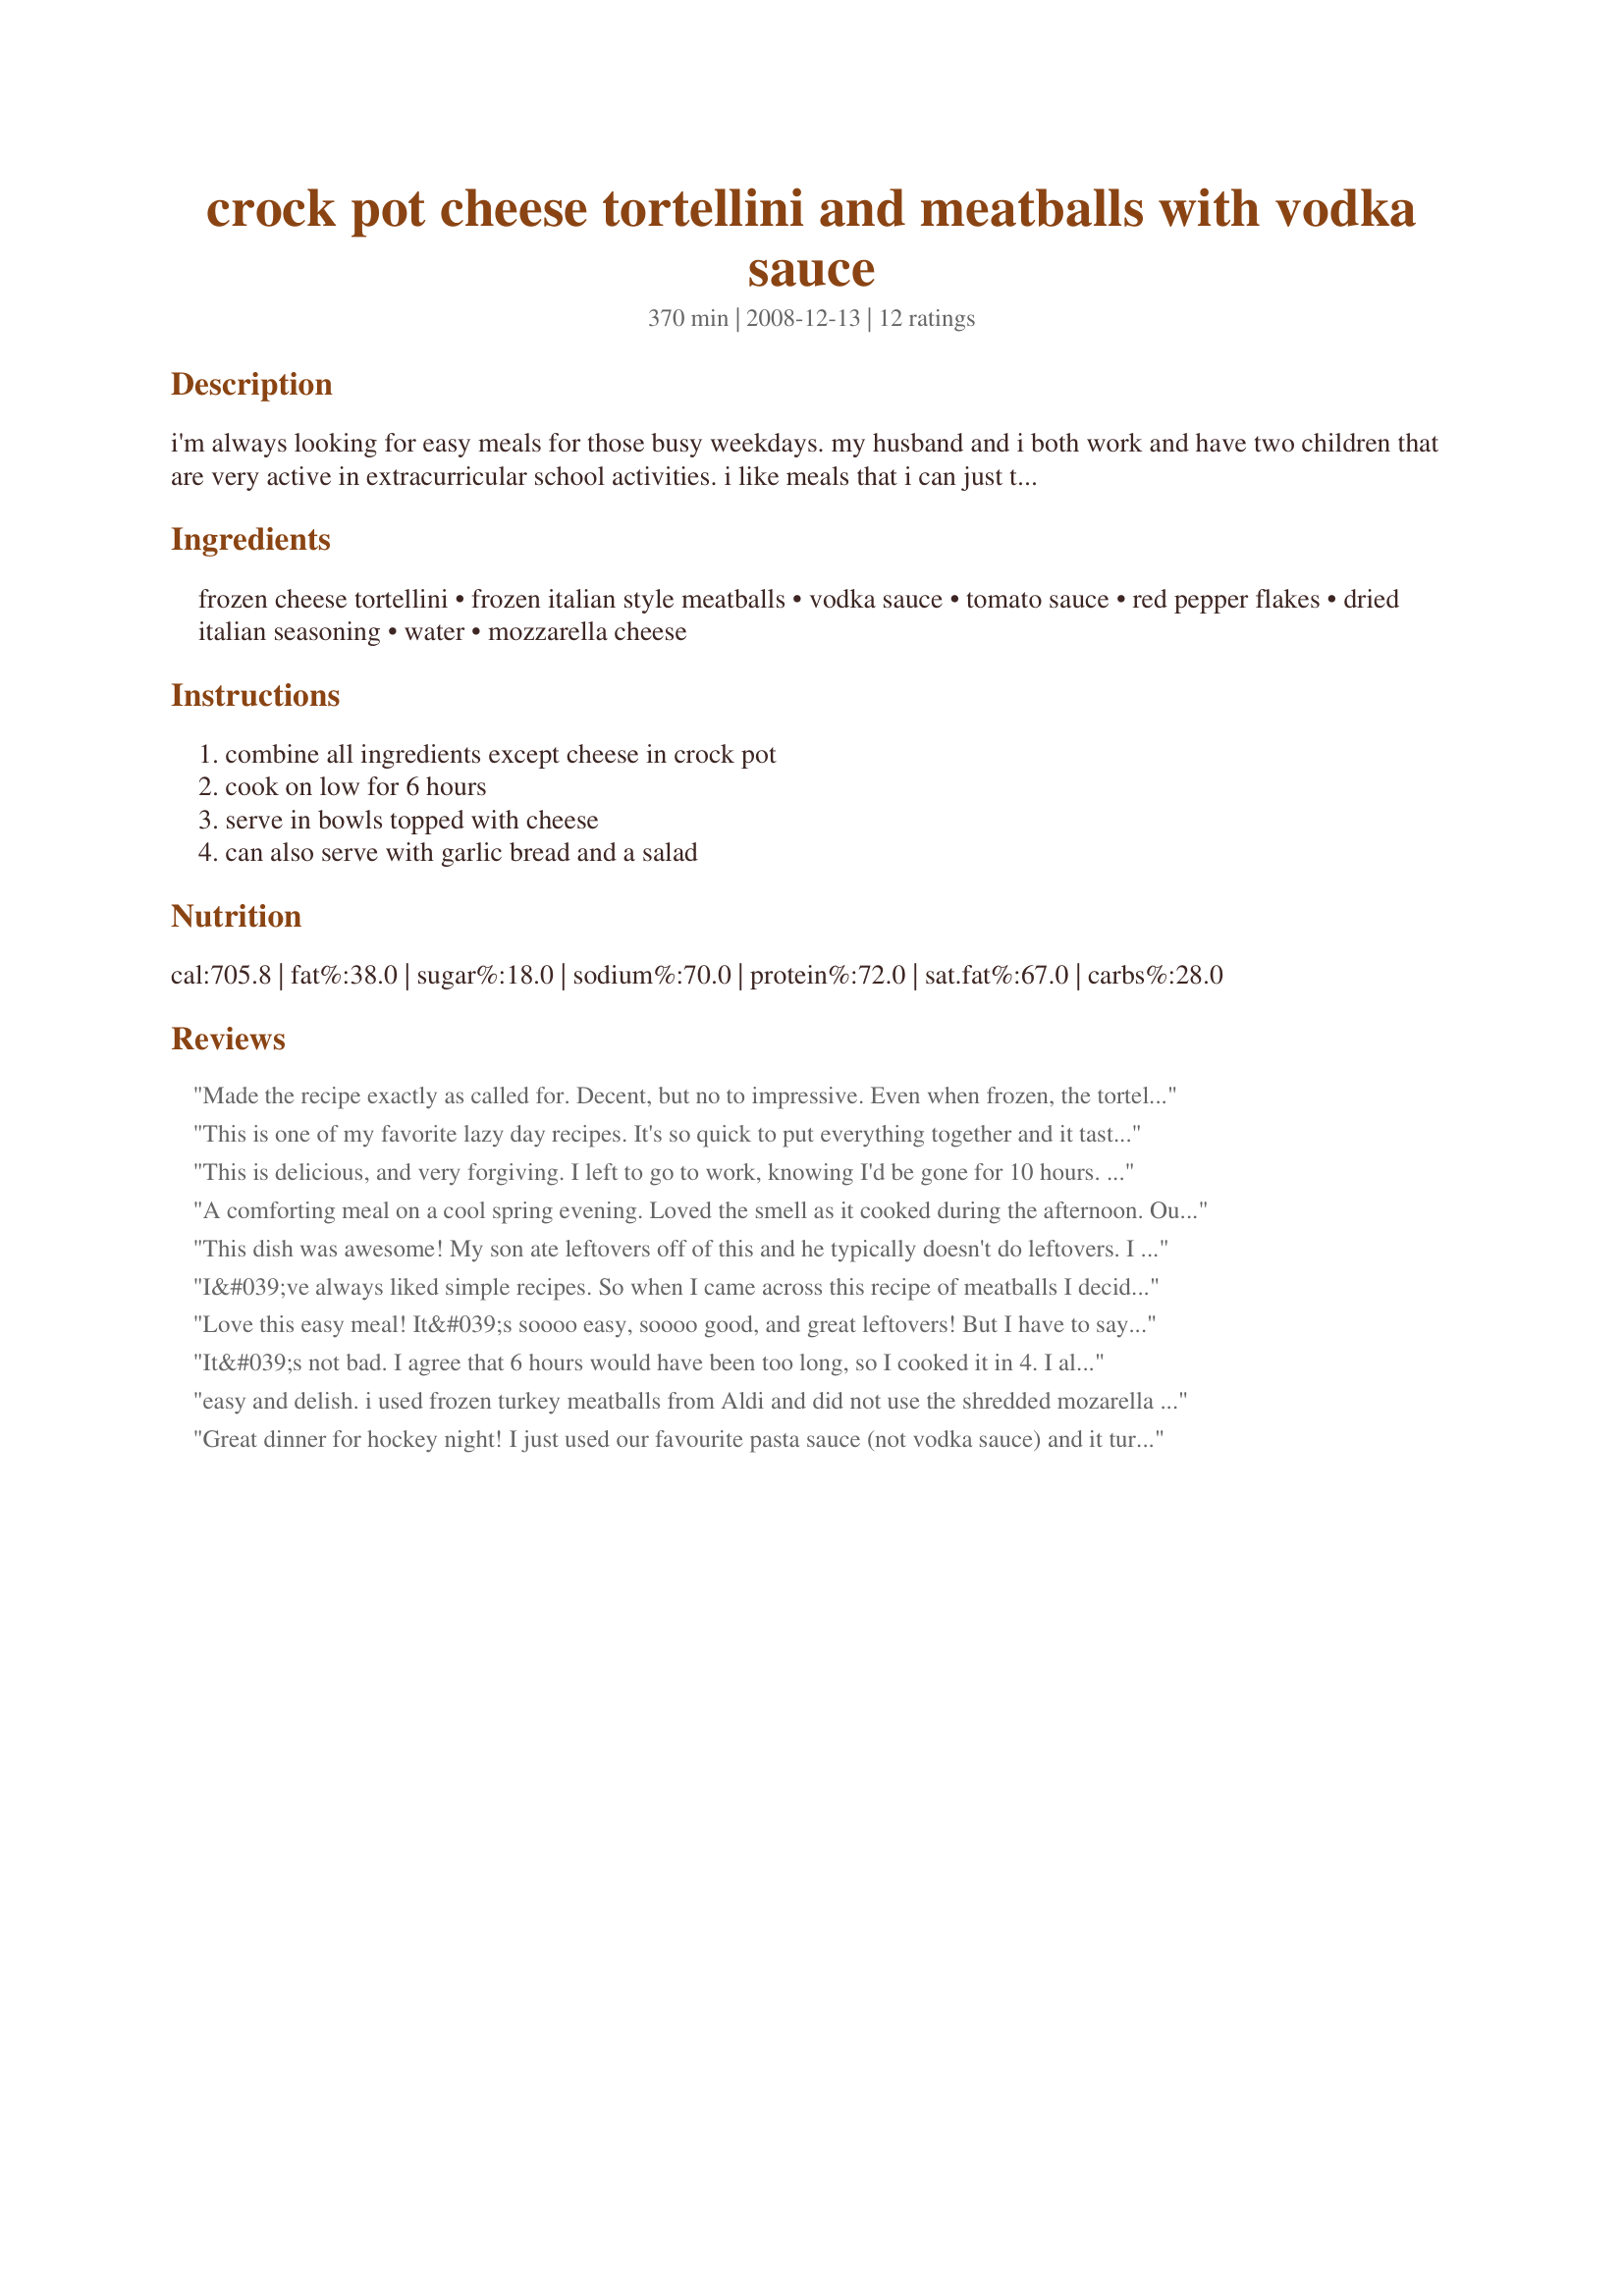
crock pot cheese tortellini and meatballs with vodka sauce
Preparation time: 370 minutes

i'm always looking for easy meals for those busy weekdays. my husband and i both work and have two children that are very active in extracurricular school activities. i like meals that i can just throw in the crock pot before i leave for work and have dinner ready when we get home. this was something i put together and somehow it keeps getting requested.

Ingredients:
frozen cheese tortellini, frozen italian style meatballs, vodka sauce, tomato sauce, red pepper flakes, dried italian seasoning, water, mozzarella cheese

Steps:
combine all ingredients except cheese in crock pot, cook on low for 6 hours, serve in bowls topped with cheese, can also serve with garlic bread and a salad

Reviews:
Made the recipe exactly as called for. Decent, but no to impressive. Even when frozen, the tortellini just comes out too mushy at the end. The red pepper flakes keep it from being too bland, even with the Italian seasoning added too.

Used a good quality vodka sauce too.

Nice basic dish that's easy to throw together and low-maintenance, but not quite sure what the fuss is about with the other reviews giving this 5 stars.
This is one of my favorite lazy day recipes. It's so quick to put everything together and it tastes delicious! Bravo!
This is delicious, and very forgiving. I left to go to work, knowing I'd be gone for 10 hours. My son was out of school, so I called him and asked him to take the crock pot container out of the refrigerator and put it in the crockpot on low....he did, he just didn't plug it in! When I got home, I wondered why I didn't smell anything....the crockpot was ice cold! I turned it on high for 2 hours, then on low for 1 hour. It was still good. I only added a sprinkle of italian seasonings and a sprinkle of red pepper flakes. I could taste the spice of the red pepper flakes...for me, great, for kids...not so great. Anyway, dinner was late, but it was delicious! Made this for New Kids on the Block tag.
A comforting meal on a cool spring evening. Loved the smell as it cooked during the afternoon. Our store didn't have any vodka sauce so used a pasta sauce with sausages, peppers and onion. Also subbed stewed tomatoes for the tomato sauce. I added 1/2 cup each onion and red pepper, chopped, and 2 cups baby spinach leaves. Will love to make this again sometime with the vodka sauce. This is a great weeknight dinner that makes the weeknight feel special!
This dish was awesome! My son ate leftovers off of this and he typically doesn't do leftovers. I even had some sauce left and used it on spaghetti...really really good. Thanks!
I&#039;ve always liked simple recipes. So when I came across this recipe of meatballs I decided to cook them in my Redmond multi cooker. Everything was so delicious! The only difference was the time of cooking: it took me about 3 hours to have the dish made.
Love this easy meal! It&#039;s soooo easy, soooo good, and great leftovers! But I have to say I make it in 3 hours... My tortellini come out perfect and the sauce is thick because I only put in about 1 cup water not 2. I make it on like a Sunday afternoon for dinner then I can clean house and just enjoy the evening. Then I have lunch for everyone for a few days. It&#039;s great!!
It&#039;s not bad. I agree that 6 hours would have been too long, so I cooked it in 4. I also don&#039;t know what vodka sauce is, and so I used regular pasta sauce. We don&#039;t have frozen meatballs in the UK, so I used fresh. I would probably make it again.
easy and delish. i used frozen turkey meatballs from Aldi and did not use the shredded mozarella cheese or the italian seasonings, but DH and I loved it and will make it again, thanks for a great recipe
Great dinner for hockey night! I just used our favourite pasta sauce (not vodka sauce) and it turned out wonderful. By the time we got home from my son's game, it was done and smelling great. Thx for an easy and good recipe.
So easy & delicious! I also omitted red pepper flakes. Thanks!
What a quick and easy one pot meal! It's awesome-I omitted the red pepper flakes as my kids wouldn't eat it if it was too spicy.
